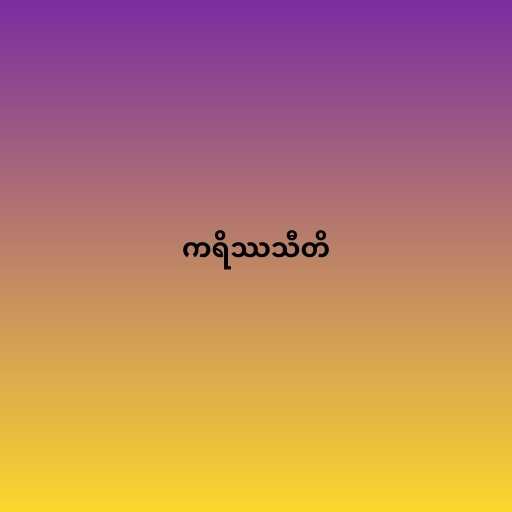
ကရိဿသီတိ